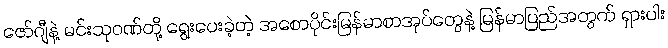
ဇော်ဂျီနဲ့ မင်းသုဝဏ်တို့ ရွေးပေးခဲ့တဲ့ အစောပိုင်းမြန်မာစာအုပ်တွေနဲ့ မြန်မာပြည်အတွက် ရှားပါး